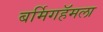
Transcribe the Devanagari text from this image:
बर्मिगहॅमला